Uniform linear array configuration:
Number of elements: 48
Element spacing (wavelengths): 0.25
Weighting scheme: hamming
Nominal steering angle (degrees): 0
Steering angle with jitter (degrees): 1.038
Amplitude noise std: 0.05
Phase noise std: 0.05

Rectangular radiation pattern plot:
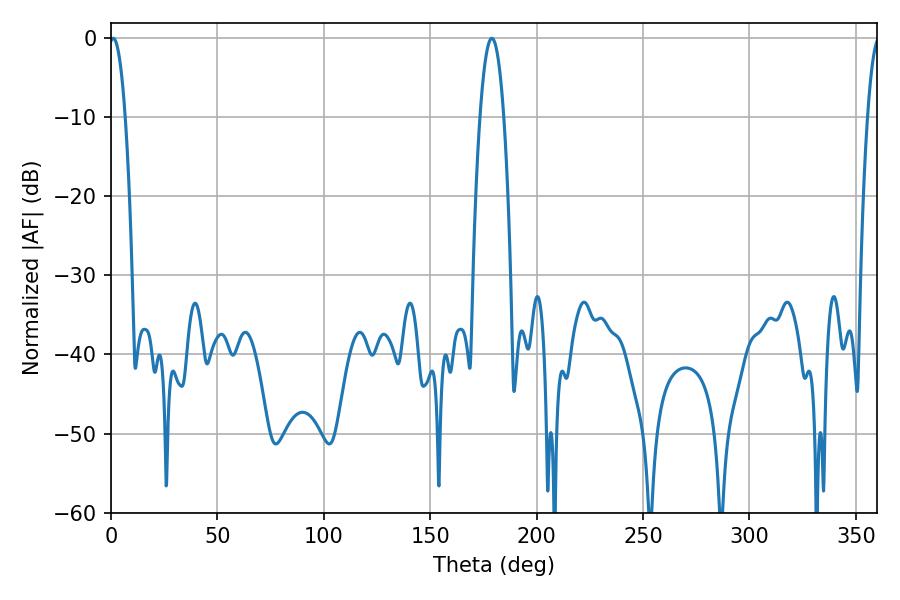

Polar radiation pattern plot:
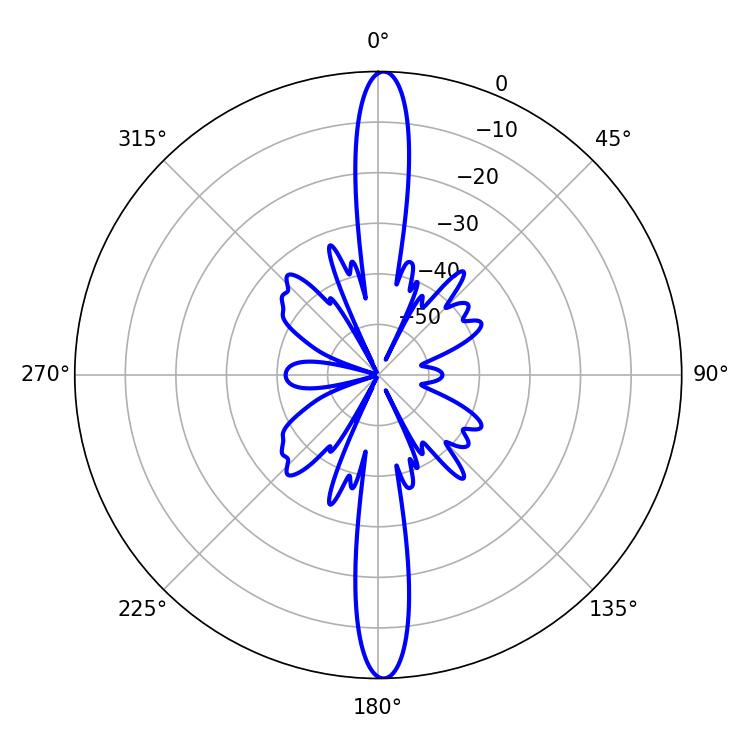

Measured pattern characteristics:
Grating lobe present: FALSE
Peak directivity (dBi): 26.769
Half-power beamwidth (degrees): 4.14
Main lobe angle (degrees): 1.08